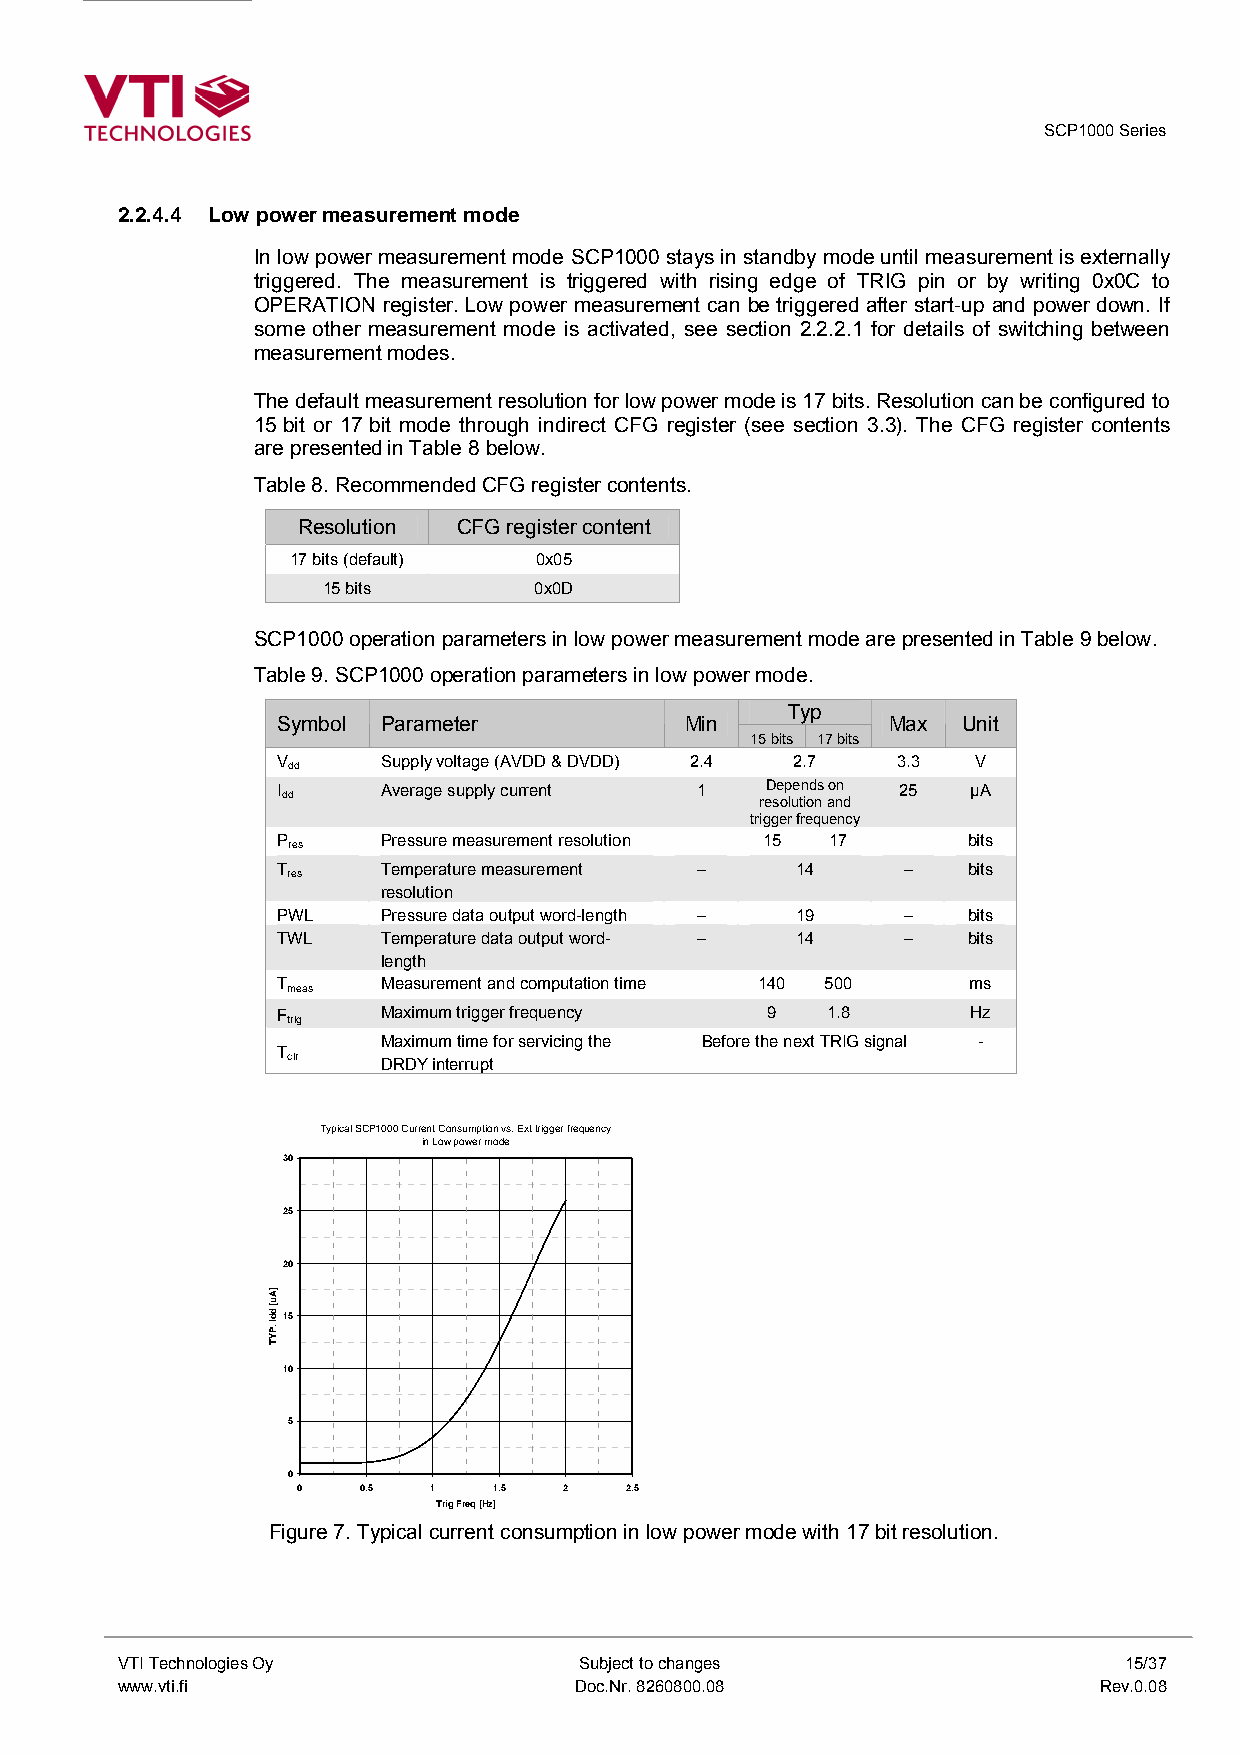
SCP1000 Series
 2.2.4.4 Low power measurement mode
 In low power measurement mode SCP1000 stays in standby mode until measurement is externally
 triggered. The measurement is triggered with rising edge of TRIG pin or by writing 0x0C to
 OPERATION register. Low power measurement can be triggered after start-up and power down. If
 some other measurement mode is activated, see section 2.2.2.1 for details of switching between
 measurement modes.
 The default measurement resolution for low power mode is 17 bits. Resolution can be configured to
 15 bit or 17 bit mode through indirect CFG register (see section 3.3). The CFG register contents
 are presented in Table 8 below.
 Table 8. Recommended CFG register contents.
 Resolution CFG register content
 17 bits (default) 0x05
 15 bits       0x0D
 SCP1000 operation parameters in low power measurement mode are presented in Table 9 below.
 Table 9. SCP1000 operation parameters in low power mode.
 Typ
 Symbol Parameter           Min           Max  Unit
 15 bits 17 bits
 V      Supply voltage (AVDD & DVDD) 2.4 2.7 3.3 V
 dd
 I      Average supply current 1  Depends on 25 µA
 dd                             resolution and
 trigger frequency
 P      Pressure measurement resolution 15 17  bits
 res
 T      Temperature measurement –   14     –   bits
 res
 resolution
 PWL    Pressure data output word-length – 19 – bits
 TWL    Temperature data output word- – 14 –   bits
 length
 T      Measurement and computation time 140 500 ms
 meas
 F      Maximum trigger frequency 9   1.8      Hz
 trig
 Maximum time for servicing the Before the next TRIG signal -
 T
 clr   DRDY interrupt
 Typical SCP1000 Current Consumption vs. Ext trigger frequency
 in Low power mode
 30
 25
 20
 15
 10
 5
 0
 0   0.5 1    1.5 2   2.5
 Trig Freq [Hz]
 Figure 7. Typical current consumption in low power mode with 17 bit resolution.
 VTI Technologies Oy           Subject to changes                  15/37
 www.vti.fi                    Doc.Nr. 8260800.08                 Rev.0.08
 ]Au[
 ddI
 .PYT